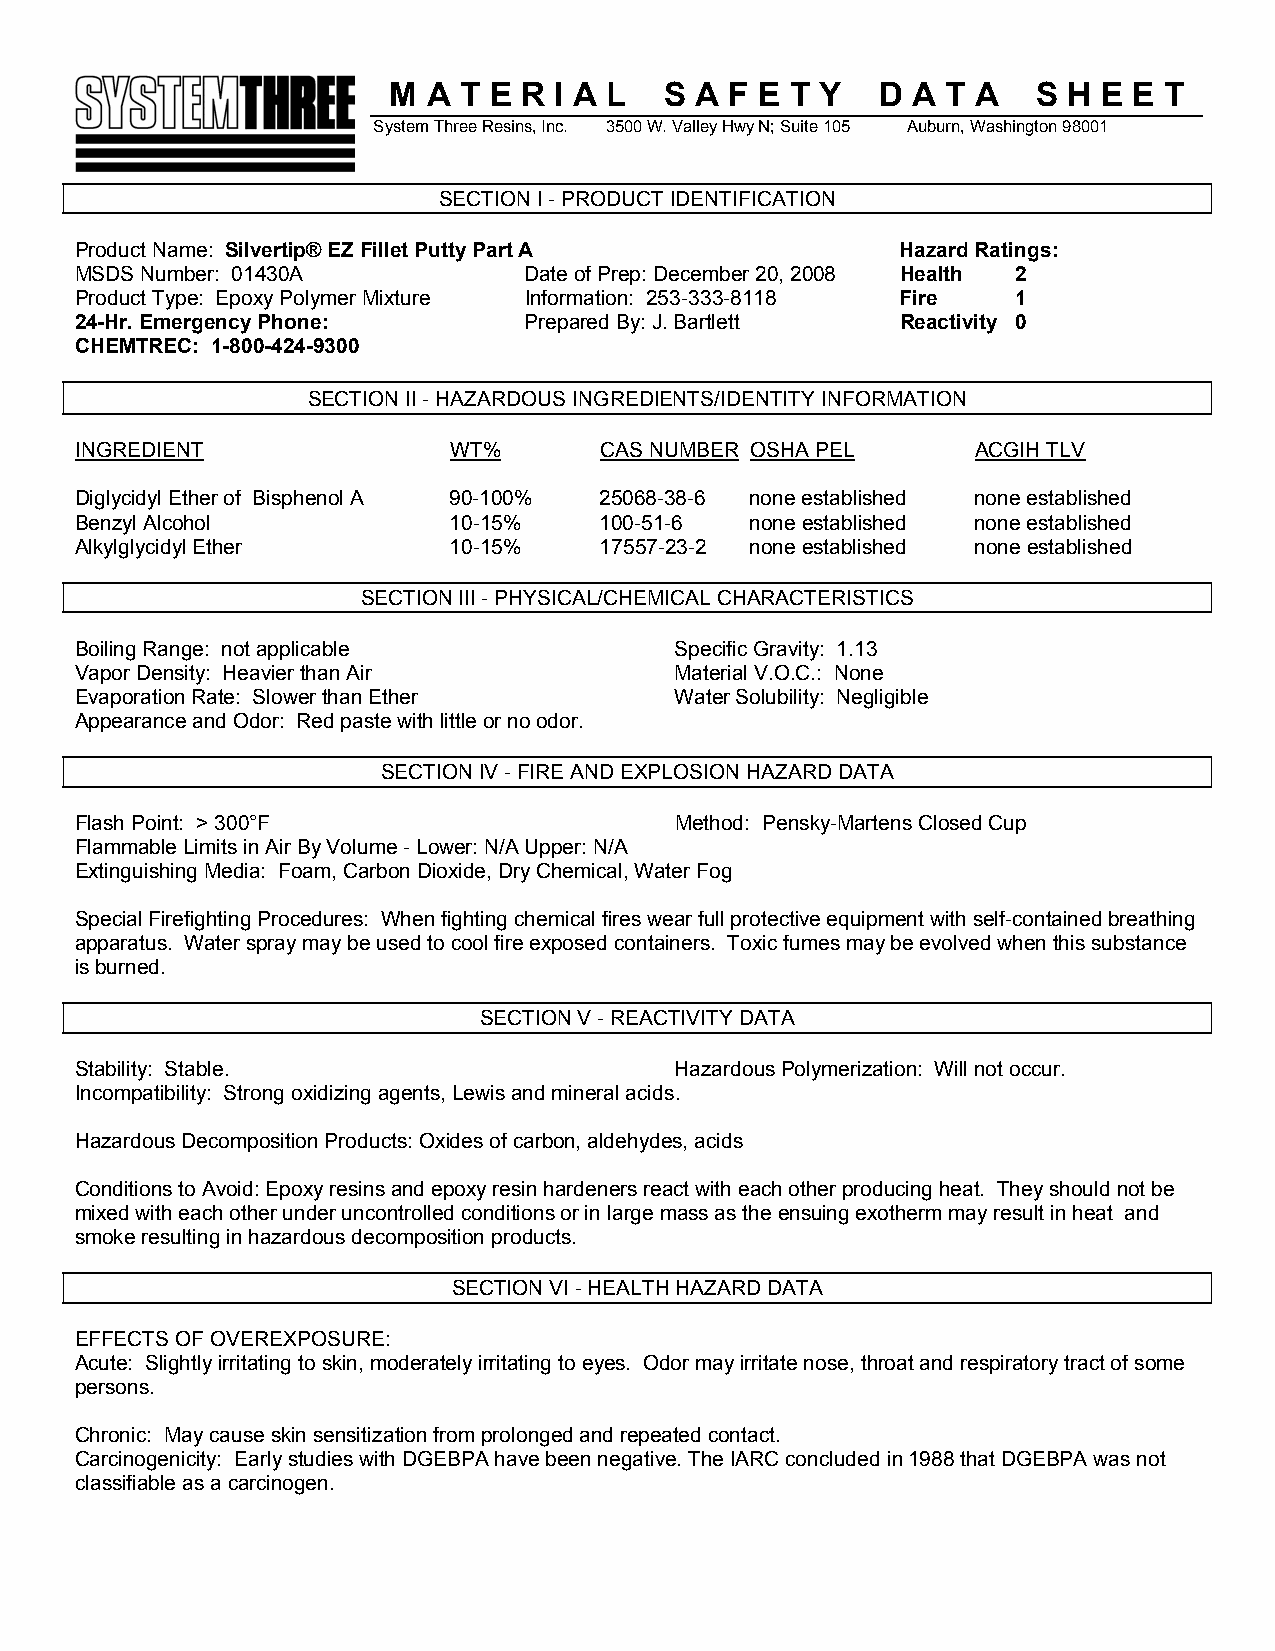
M A T E R  I A L  S A F E T Y   D A  T A   S H E E T
 System Three Resins, Inc. 3500 W. Valley Hwy N; Suite 105 Auburn, Washington 98001
 SECTION I - PRODUCT IDENTIFICATION
 Product Name: Silvertip® EZ Fillet Putty Part A        Hazard Ratings:
 MSDS Number: 01430A           Date of Prep: December 20, 2008 Health 2
 Product Type: Epoxy Polymer Mixture Information: 253-333-8118 Fire 1
 24-Hr. Emergency Phone:       Prepared By: J. Bartlett Reactivity 0
 CHEMTREC: 1-800-424-9300
 SECTION II - HAZARDOUS INGREDIENTS/IDENTITY INFORMATION
 INGREDIENT               WT%       CAS NUMBER OSHA PEL      ACGIH TLV
 Diglycidyl Ether of Bisphenol A 90-100% 25068-38-6 none established none established
 Benzyl Alcohol           10-15%    100-51-6  none established none established
 Alkylglycidyl Ether      10-15%    17557-23-2 none established none established
 SECTION III - PHYSICAL/CHEMICAL CHARACTERISTICS
 Boiling Range: not applicable           Specific Gravity: 1.13
 Vapor Density: Heavier than Air         Material V.O.C.: None
 Evaporation Rate: Slower than Ether     Water Solubility: Negligible
 Appearance and Odor: Red paste with little or no odor.
 SECTION IV - FIRE AND EXPLOSION HAZARD DATA
 Flash Point: > 300°F                    Method: Pensky-Martens Closed Cup
 Flammable Limits in Air By Volume - Lower: N/A Upper: N/A
 Extinguishing Media: Foam, Carbon Dioxide, Dry Chemical, Water Fog
 Special Firefighting Procedures: When fighting chemical fires wear full protective equipment with self-contained breathing
 apparatus. Water spray may be used to cool fire exposed containers. Toxic fumes may be evolved when this substance
 is burned.
 SECTION V - REACTIVITY DATA
 Stability: Stable.                      Hazardous Polymerization: Will not occur.
 Incompatibility: Strong oxidizing agents, Lewis and mineral acids.
 Hazardous Decomposition Products: Oxides of carbon, aldehydes, acids
 Conditions to Avoid: Epoxy resins and epoxy resin hardeners react with each other producing heat. They should not be
 mixed with each other under uncontrolled conditions or in large mass as the ensuing exotherm may result in heat and
 smoke resulting in hazardous decomposition products.
 SECTION VI - HEALTH HAZARD DATA
 EFFECTS OF OVEREXPOSURE:
 Acute: Slightly irritating to skin, moderately irritating to eyes. Odor may irritate nose, throat and respiratory tract of some
 persons.
 Chronic: May cause skin sensitization from prolonged and repeated contact.
 Carcinogenicity: Early studies with DGEBPA have been negative. The IARC concluded in 1988 that DGEBPA was not
 classifiable as a carcinogen.